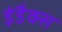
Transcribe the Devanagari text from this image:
इंडैक्स